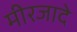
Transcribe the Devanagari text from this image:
मीरजादे